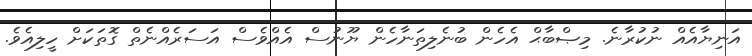
އަނިޔާއެއް ނުކުރާނެ. މިޞްބާޙް އެހެން ބުނެލިތަނާހެން ޔޫނުސް އެއްވެސް އަސަރެއްނެތް ގޮތަކަށް ހީލިއެވެ.